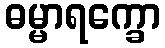
ဓမ္မာရက္ခော